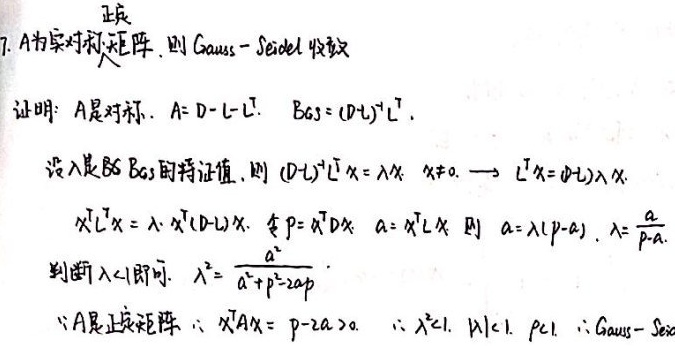
7. \(A\)为实对称矩阵，则Gauss - Seidel收敛
证明：\(A\)是对称，\(A = D - L - L^{T}\)，\(B_{GS}=(D + L)^{-1}L^{T}\)。
设\(\lambda\)是\(B_{GS}\)的特征值，则\((D + L)^{-1}L^{T}x=\lambda x\)，\(x\neq0\)。\(\longrightarrow L^{T}x=(D + L)\lambda x\)。
\(x^{T}L^{T}x=\lambda\cdot x^{T}(D + L)x\)，令\(p = x^{T}Dx\)，\(a = x^{T}Lx\)，则\(a=\lambda(p - a)\)，\(\lambda=\frac{a}{p - a}\)。
判断\(|\lambda|\lt1\)即可。\(\lambda^{2}=\frac{a^{2}}{a^{2}+p^{2}-2ap}\)。
\(\because A\)是正定矩阵，\(\therefore x^{T}Ax = p - 2a\gt0\)，\(\therefore\lambda^{2}\lt1\)，\(|\lambda|\lt1\)。证毕。\(\therefore\)Gauss - Seidel